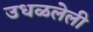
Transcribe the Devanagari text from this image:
उधळलेली